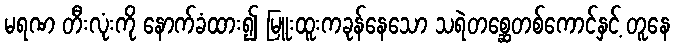
မရဏ တီးလုံးကို နောက်ခံထား၍ မြူးထူးကခုန်နေသော သရဲတစ္ဆေတစ်ကောင်နှင့် တူနေ